Vaccination in the Punjab 1883-1896 - 1883-1896
Year: 1883
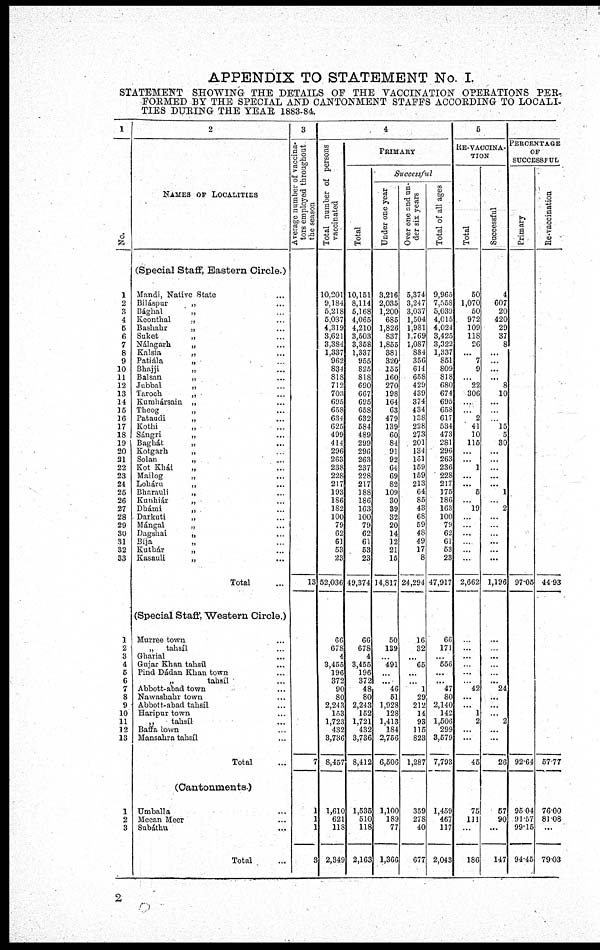
APPENDIX TO STATEMENT No. I.
STATEMENT SHOWING THE DETAILS OF THE VACCINATION OPERATIONS PER-
FORMED BY THE SPECIAL AND CANTONMENT STAFFS ACCORDING TO LOCALI¬
TIES DURING THE YEAR 1883-84.
1
No.
1
2
3
4
5
6
7
8
9
10
11
12
13
14
15
16
17
18
19
20
21
22
23
24
25
26
27
28
29
30
31
32
33
1
2
3
4
5
6
7
8
9
10
11
12
13
1
2
3
2
NAMES OF LOCALITIES
(Special Staff, Eastern Circle.)
Mandi, Native State ...
Biláspur „ ...
Bághal „ ...
Keonthal „ ...
Bashahr „ ...
Suket
„
...
Nálagarh „ ...
Kalsia „ ...
Patiála „ ...
Bhajji
„
...
Balsan „ ...
Jubbal „ ...
Taroch „ ...
Kumhársain „ ...
Theog „ ...
Pataudi „ ...
Kothi
„
...
Sángri „ ...
Baghát „ ...
Kotgarh „ ...
Solan
„
...
Kot Khái „ ...
Mailog „ ...
Loháru „ ...
Bharauli „ ...
Kunhiár „ ...
Dhámi „ ...
Darkuti „ ...
Mángal „ ...
Dagshai „ ...
Bija
„
...
Kuthár „ ...
Kasauli „ ...
Total ...
(Special Staff, Western Circle.)
Murree town ...
„ tahsíl ...
Gharial ...
Gujar Khan tahsíl ...
Pind Dádan Khan town ...
„ tahsíl ...
Abbott-abad town ...
Nawashahr town ...
Abbott-abad tahsíl ...
Haripur town ...
„ tahsíl ...
Baffa town ...
Mansahra tahsíl ...
Total ...
(Cantonments.)
Umballa ...
Meean Meer ...
Subáthu
...
Total ...
3
Average number of vaccina¬
tors employed throughout
the season
13
7
1
1
1
3
4
Total number of persons
vaccinated
10,201
9,184
5,218
5,037
4,319
3,621
3,384
1,337
962
834
818
712
703
695
658
634
625
499
414
296
263
238
228
217
193
186
182
100
79
62
61
53
23
52,036
66
678
4
3,455
196
372
90
80
2,243
153
1,723
432
3,736
8,457
1,610
621
118
2,349
PRIMARY
Total
10,151
8,114
5,168
4,065
4,210
3,503
3,358
1,337
955
825
818
690
667
695
658
632
584
489
299
296
263
237
228
217
188
186
163
100
79
62
61
53
23
49,374
66
678
4
3,455
196
372
48
80
2,243
152
1,721
432
3,736
8,412
1,535
510
118
2,163
Successful
Under one year
3,216
2,035
1,200
685
1,826
837
1,855
381
320
155
160
270
198
164
63
479
139
60
84
91
92
64
69
82
109
30
39
32
20
14
12
21
15
14,817
50
139
...
491
...
... 46
51
1,928
128
1,413
184
2,756
6,506
1,100
189
77
1,366
Over one and un-
der six years
5,374
3,247
3,037
1,504
1,981
1,769
1,087
884
356
614
658
429
439
374
434
138
228
273
201
134
161
159
159
213
64
85
43
68
59
48
49
17
8
24,294
16
32
...
65
...
...
1
29
212
14
93
115
823
1,287
359
278
40
677
Total of all ages
9,965
7,558
5,039
4,015
4,024
3,425
3,322
1,337
851
809
818
680
674
695
658
617
534
473
281
296
263
236
228
217
175
186
163
100
79
62
61
53
23
47,917
66
171
...
556
...
... 47
80
2,140
142
1,506
299
3,579
7,793
1,459
467
117
2,043
5
RE-VACCINA¬
----
Total
50
1,070
50
972
109
118
26
... 7
9
... 22
306
...
...
2
41
10
115
...
... 1
...
... 5
...
19
...
...
...
...
...
...
2,662
...
...
...
...
...
...
42
...
...
1
2
...
...
45
75
111
...
186
Successful
4
607
20
420
29
37
8
...
...
...
... 8
10
...
...
...
15
5
30
...
...
...
...
... 1
...
2
...
...
...
...
...
...
1,196
...
...
...
...
...
... 24
...
...
...
2
...
...
26
57
90
...
147
PERCENTAGE
OF
SUCCESSFUL
Primary
97.05
92.64
95.04
91.57
99.15
94.45
Re-vaccination
44.93
57.77
76.00
81.08
...
79.03
2